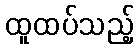
ထူထပ်သည့်